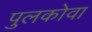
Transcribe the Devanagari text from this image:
पुलकोवा